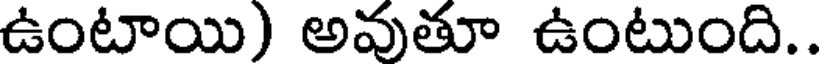
ఉంటాయి) అవుతూ ఉంటుంది..